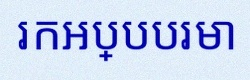
រកអប្បបរមា